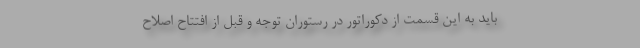
باید به این قسمت از دکوراتور در رستوران توجه و قبل از افتتاح اصلاح